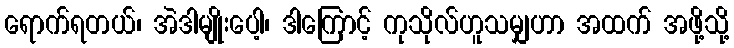
ရောက်ရတယ်၊ အဲဒါမျိုးပေါ့၊ ဒါကြောင့် ကုသိုလ်ဟူသမျှဟာ အထက် အဖို့သို့